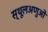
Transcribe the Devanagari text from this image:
स्थूलअणुओं